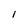
Character: l